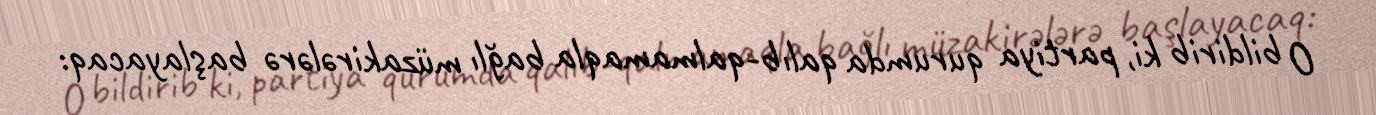
O bildirib ki, partiya qurumda qalıb-qalmamaqla bağlı müzakirələrə başlayacaq: